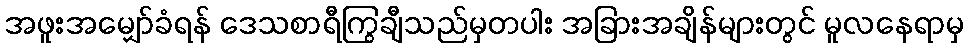
အဖူးအမျှော်ခံရန် ဒေသစာရီကြွချီသည်မှတပါး အခြားအချိန်များတွင် မူလနေရာမှ